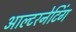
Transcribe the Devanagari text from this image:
आल्टरनेटिंग